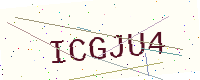
Text: ICGJU4